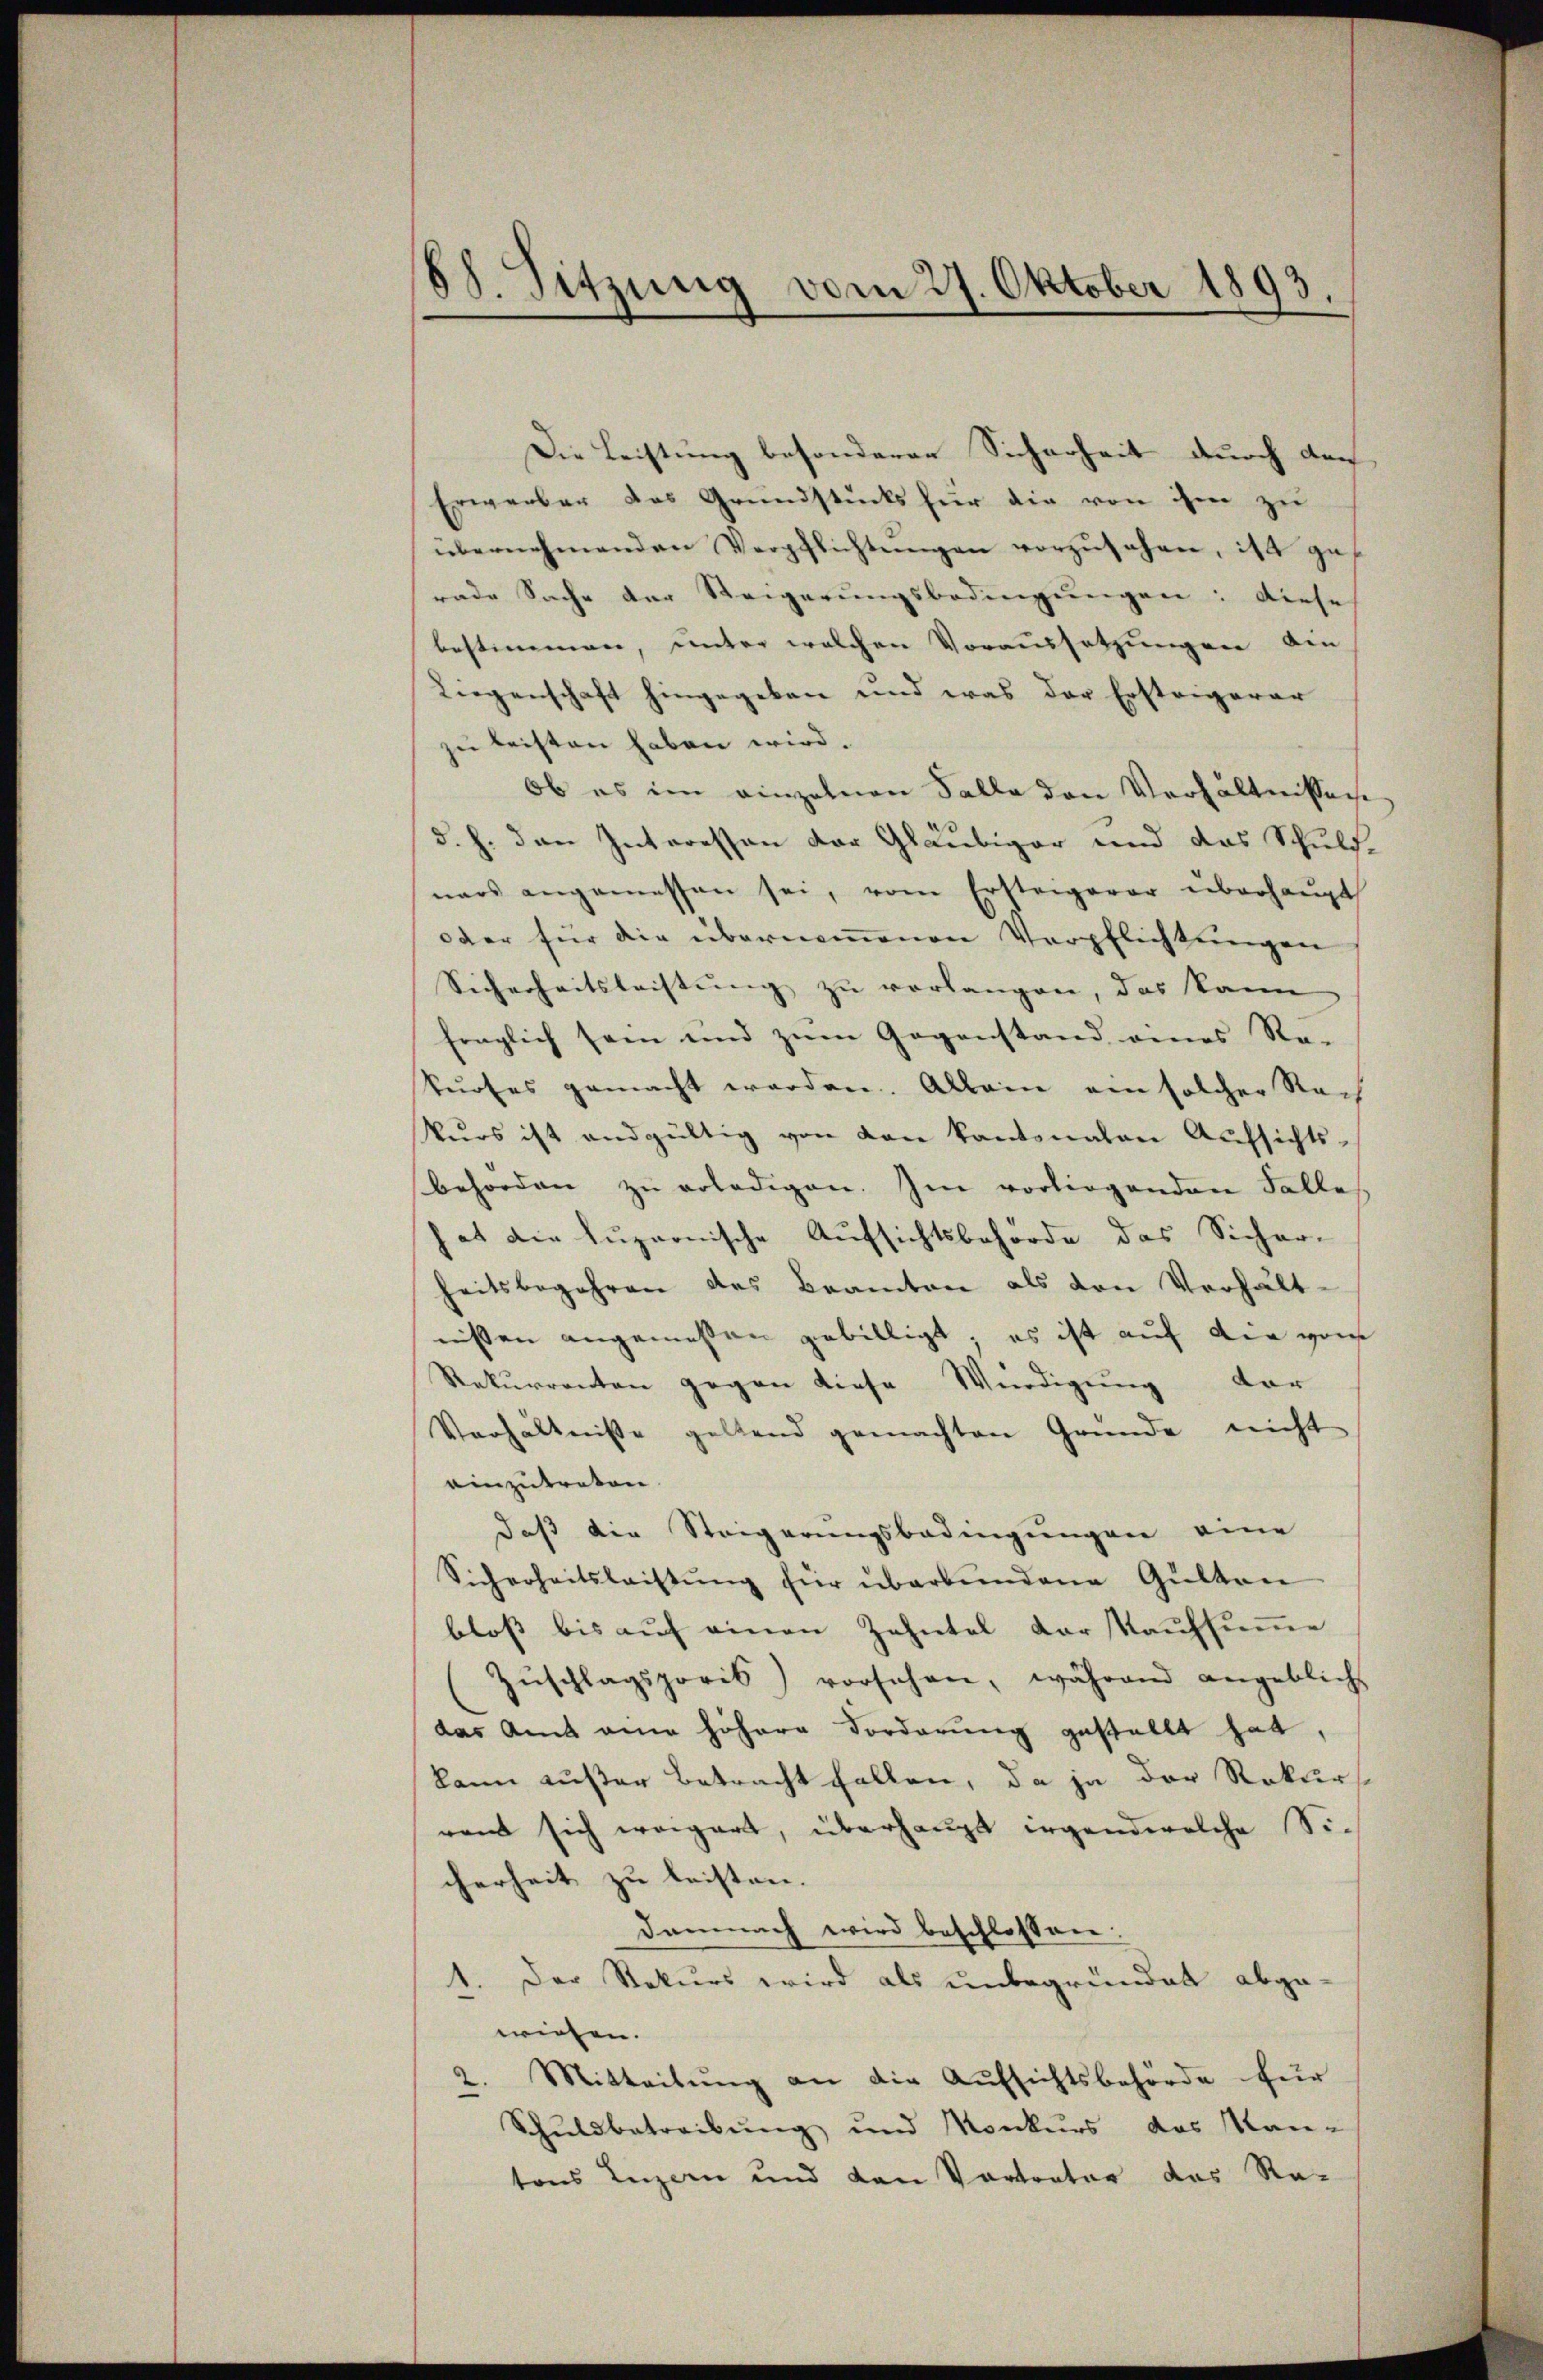
88. Sitzung vom 27. Oktober 1893

Die Leistung besonderer Sicherheit durch den
Erwerber das Grundstücks für die von ihm zu
übernehmenden Verpflichtungen vorzusehen, ist gerade Sache der Steigerungsbedingungen: Diese
bestimmen, unter welchen Voraussetzungen die
Liegenschaft hingegeben und was der Ersteigerer
zu leisten haben wird.
ob es im einzelnen Falle den Verhältnissene
d. h. den Interessen der Gläubiger und das Schuld-
nars angemessen sei, vom Ersteigerer überhaŭpt
oder für die übernoṁenen Verpflichtungen
Sicherheitsleistung zu verlangen, das kann
fraglich sein und zum Gegenstand eines Re-
kŭrses gemacht werden. Allein ein solcher Nach
kurs ist andgültig von den kantonalen Aufsichts-
behörden zŭ erledigen. Im vorliegenden Falle
hat die Luzernische Aufsichtsbehörde das Sicher-
heitsbegehren des Beamten als von Verhältnißen angemessen gebilligt; es ist auf der von
Rekurrenten gegen diese Würdigung der
Verhältnisse geltend gemachten Gründe nicht
einzutreten.
daß die Steigerungsbedingungen eine
Sicherheitsleistŭng für überbundene Gülten
bloß bis auf einen Zehntel der Kaufsumme
Zŭschlagsporis vorsehen, während angeblich
das Amt eine höhere Forderung gestellt hat,
kann außer Betracht fallen, da ja der Rekurs
rent sich wagert, überhaupt irgendwelche Sicherheit zu leisten.
Demnach wird beschlossen:
1. Der Rekurs wird als unbegründet abge-
wiesen.
2. Mitteilung an die Aufsichtsbehörde für
Schuldbetreibung und Konkurs das Mantons Luzern und den Vortrator des Re-